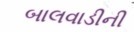
બાલવાડીની